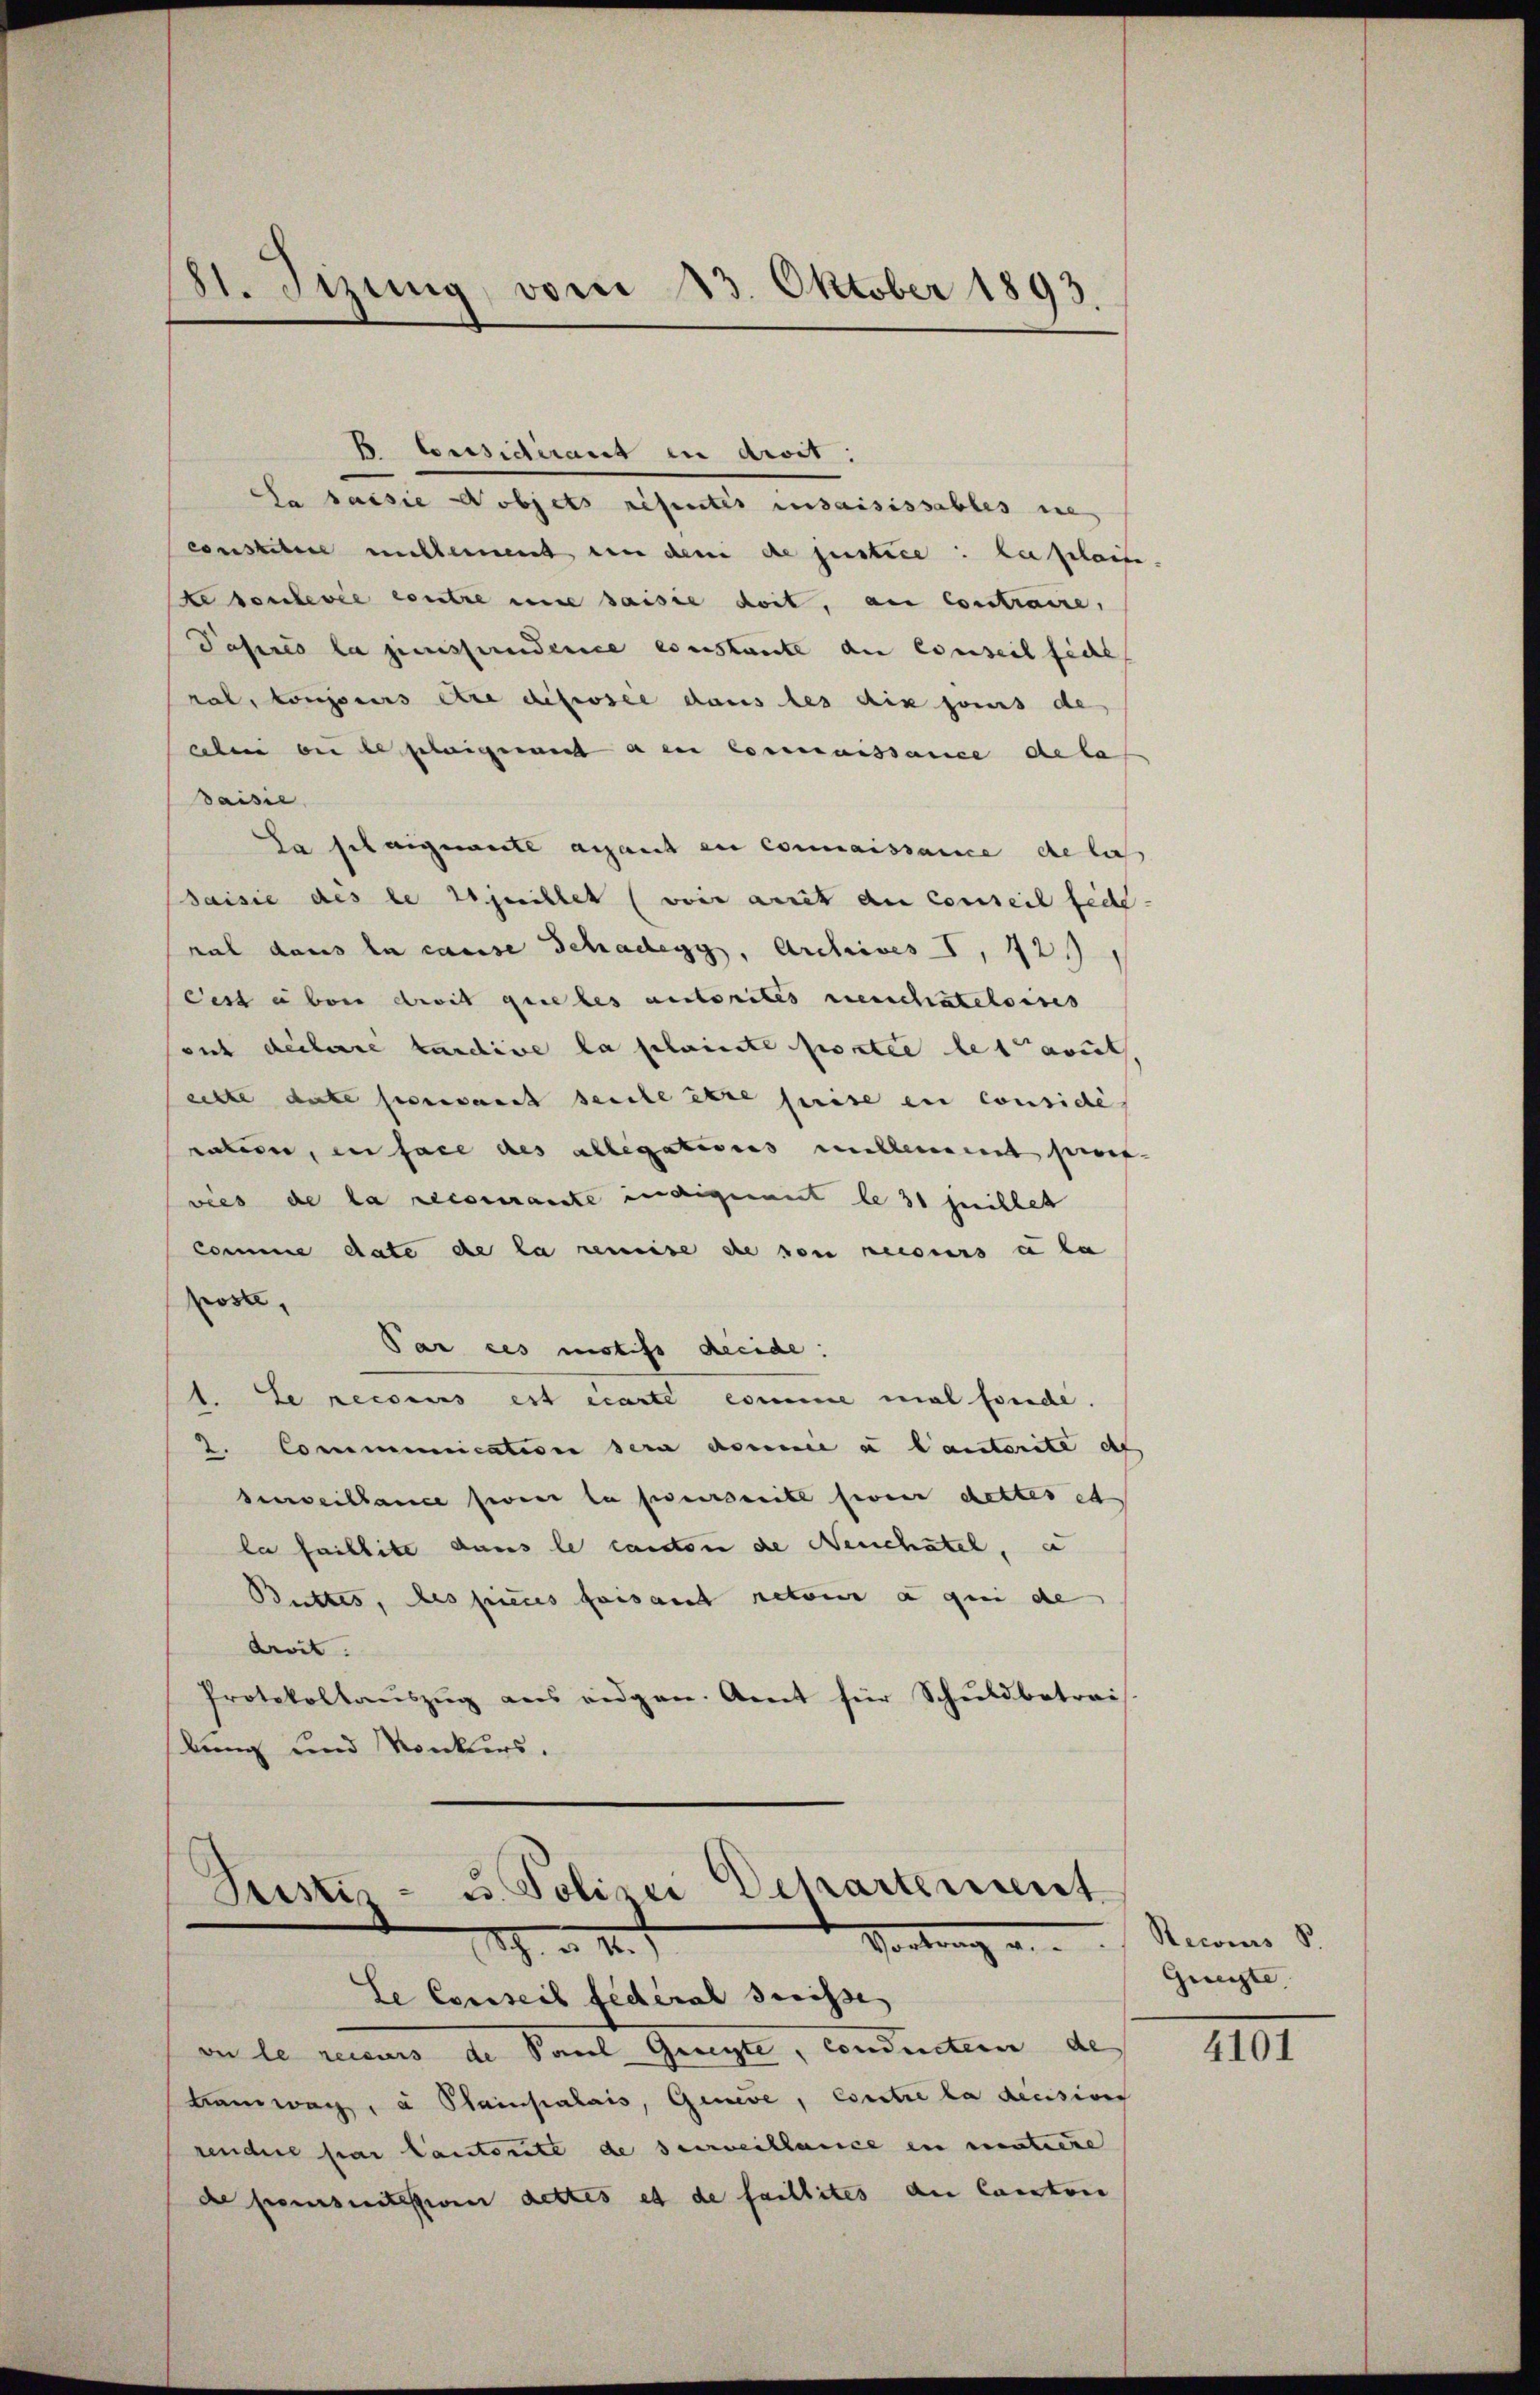
B. Considirant in droit.
da saisie objets resentes insaisissables ine
constitere millement en den de justice: die gleite
te contevie contre eine saisie doit, au Contraire,
Pasirés la juristunderice constante de Conseil fide
ral, toujours être dessel dans les dix jours de
alen bei besteigen a en Connaissance dela
Saisie
La sel angemente anfant en connaissance de lie
saisie des le juristet (voir ait der Conseil feie
ral dans la cause Schadegg, Archives, 12.
Cest eben droit que les autorités meuchateloises
sich declarre kandire la clainte portie letaut
eilte date pressant seule être prise in considé
unterer, in fall des ablegations millement sein
vies de la reconnante indigenant le 31 Juillet
Comme date de la remise die von recours à la
poste,
Par ces motifs decide:
1. Le recours est écarte comme mal fonde.
2. Communication sera donne a lauterite def
denweillance sovier la perseite sie dettes et
la faillite dans le candon de Neuchatel, a
Butter, des pieces faisant retour a qui de
droit.
Protokollaŭszŭg ans eidgen. Amt für Schŭldbetrei-
bung und Konkurs.

8t. Sizung, vom 13. Oktober 1893

vu le reisers de Paul Gelegte, conducten de
Bamwage, u Stainpalais, Geneve, Contre la decision
rendere par lautente de serveillance in matiere
de poursuitessione dettes et de faillites der Canton

Justiz- u. Polizei Departement
Vortrang u.
h. d. M.
Le Conseil fédéral Grisse

Recours S.
Grenzte,

4101